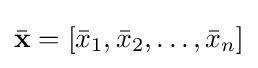
{\bar {\mathbf {x} }}=[{\bar {x}}_{1},{\bar {x}}_{2},\ldots ,{\bar {x}}_{n}]